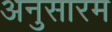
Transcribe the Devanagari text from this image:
अनुसारम